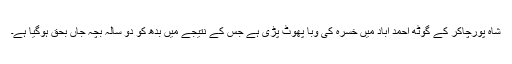
شاہ پورچاکر کے گوٹھ احمد آباد میں خسرہ کی وبا پھوٹ پڑی ہے جس کے نتیجے میں بدھ کو دو سالہ بچہ جاں بحق ہوگیا ہے۔